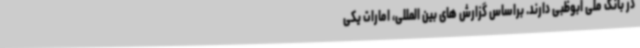
در بانک ملی ابوظبی دارند. براساس گزارش های بین المللی، امارات یکی